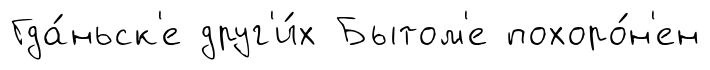
Гда́ньск'е друг'и́х Бытом'е похоро́н'ен